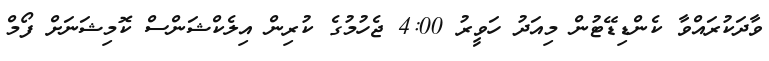
ވާދަކުރައްވާ ކެންޑިޑޭޓުން މިއަދު ހަވީރު 4:00 ޖެހުމުގެ ކުރިން އިލެކްޝަންސް ކޮމިޝަނަށް ފޯމް